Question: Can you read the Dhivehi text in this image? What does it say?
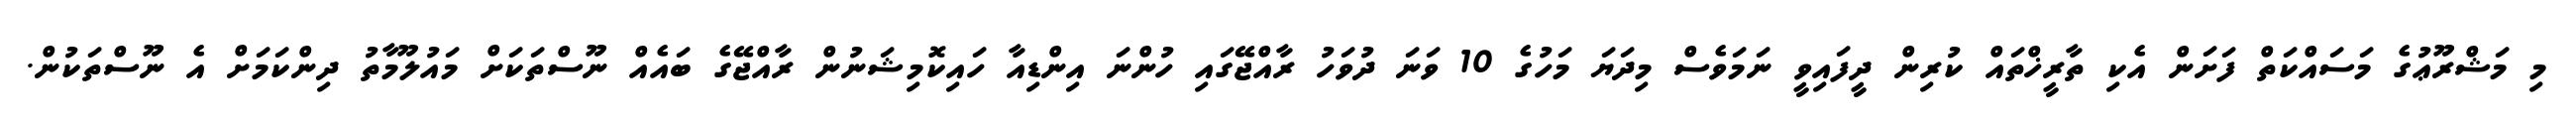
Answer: މި މަޝްރޫޢުގެ މަސައްކަތް ފަށަން އެކި ތާރީޚްތައް ކުރިން ދީފައިވީ ނަމަވެސް މިދަޔަ މަހުގެ 10 ވަނަ ދުވަހު ރާއްޖޭގައި ހުންނަ އިންޑިއާ ހައިކޮމިޝަނުން ރާއްޖޭގެ ބައެއް ނޫސްތަކަށް މައުލޫމާތު ދިންކަމަށް އެ ނޫސްތަކުން.